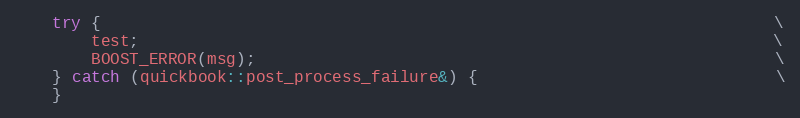
Language: C++
    try {                                                                      \
        test;                                                                  \
        BOOST_ERROR(msg);                                                      \
    } catch (quickbook::post_process_failure&) {                               \
    }